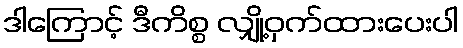
ဒါကြောင့် ဒီကိစ္စ လျှို့ဝှက်ထားပေးပါ